Insane asylums Bombay 1873-77 - 1873-1877
Year: 1873
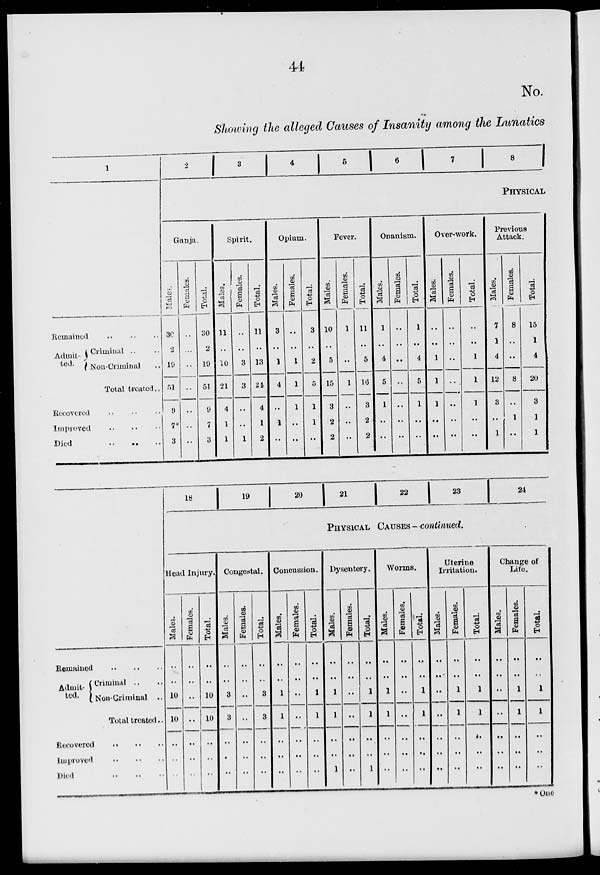
44
No.
Showing the alleged Causes of Insanity among the Lunatics
1
Remained .. .. ..
Admit-
ted.
Criminal .. ..
Non-Criminal ..
Total treated ..
Recovered .. .. ..
Improved
..
..
..
Died
..
..
..
2
3 4 5 6 7 8
PHYSICAL
Ganja.
Males.
30
2
19
51
9
7*
3
Females.
..
...
..
..
..
..
..
Total.
30
2
19
51
9
7
3
Spirit.
Males.
11
..
10
21
4
1
1
Females.
..
..
3
3
..
..
1
Total.
11
..
13
24
4
1
2
Opium.
Males.
3
..
1
4
..
1
..
Females.
..
..
1
1
1
..
..
Total.
3
..
2
5
1
1
..
Fever.
Males.
10
..
5
15
3
2
2
Females.
1
..
..
1
..
..
..
Total.
11
..
5
16
3
2
2
Onanism.
Males.
1
..
4
5
1
..
..
Females.
..
..
..
..
..
..
..
Total.
1
..
4
5
1
..
..
Over-work.
Males.
..
..
1
1
1
..
..
Females.
..
..
..
..
..
..
..
Total.
..
..
1
1
1
..
..
Previous
Attack.
Males.
7
1
4
12
3
..
1
Females.
8
..
..
8
..
1
..
Total.
15
1
4
20
3
1
1
Admit-
ted.
Criminal .. ..
Non-Criminal ..
Total treated ..
Recovered .. .. ..
Improved .. .. ..
Died
..
..
..
18
19
20
21
22
23
24
PHYSICAL CAUSES -continued.
Head Injury.
Males.
..
10
10
..
..
..
Females.
..
..
..
..
..
..
Total.
..
10
10
..
..
..
Congestal.
Males.
..
3
3
..
..
..
Females.
..
..
..
..
..
..
Total.
..
3
3
..
..
..
Concussion.
Males.
..
1
1
..
..
..
Females.
..
..
..
..
..
..
Total.
..
1
1
..
..
..
Dysentery.
Males.
..
1
1
..
..
1
Females.
..
..
..
..
..
..
Total.
..
1
1
..
..
1
Worms.
Males.
..
1
1
..
..
..
Females.
..
..
..
..
..
..
Total.
..
1
1
..
..
..
Uterine
Irritation.
Males.
..
..
..
..
..
..
Females.
..
1
1
..
..
..
Total.
..
1
1
..
..
..
Change of
Life.
Males.
..
..
..
..
..
..
Females.
..
1
1
..
..
..
Total.
..
1
1
..
..
..
*One